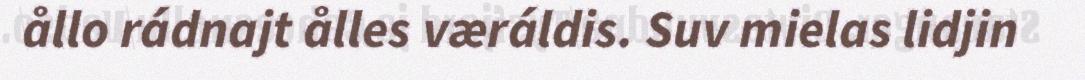
ållo rádnajt ålles væráldis. Suv mielas lidjin